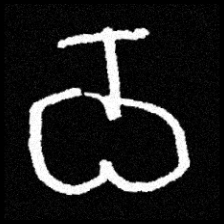
Pyu character \u2014 Myanmar letter: ဝ (romanized: wa)